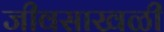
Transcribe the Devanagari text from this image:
जीवसाखळी